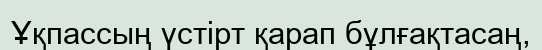
Ұқпассың үстірт қарап бұлғақтасаң,